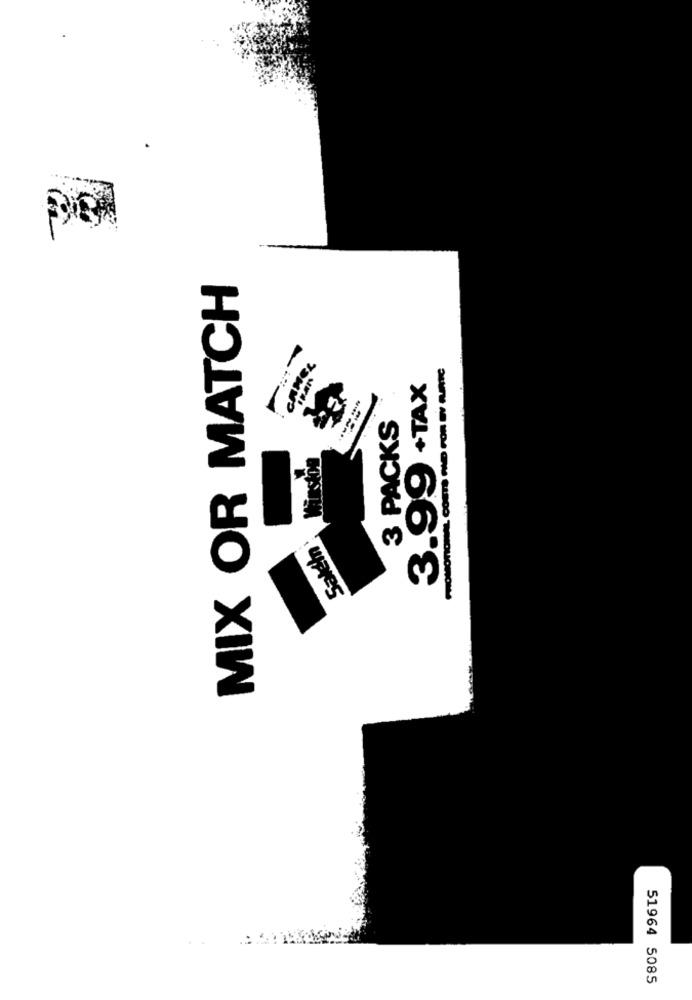
MIX OR MATCH
3.99 +TAX
3 PACKS
wales
51964 5085